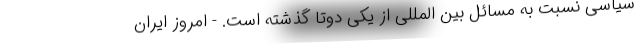
سیاسی نسبت به مسائل بین المللی از یکی دوتا گذشته است. - امروز ایران